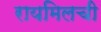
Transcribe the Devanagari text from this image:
रायमिलची